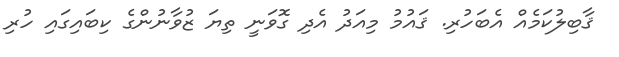
ޤާބިލުކަމެއް އެބަހުރި. ޤައުމު މިއަދު އެދި ގޮވަނީ ތިޔަ ޒުވާނުންގެ ކިބައިގައި ހުރި